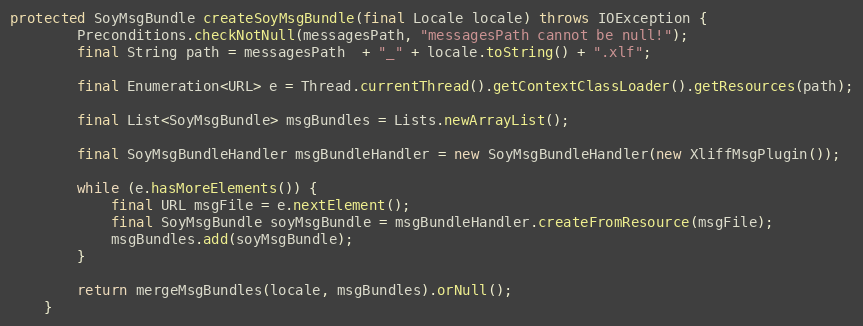
Language: Java
protected SoyMsgBundle createSoyMsgBundle(final Locale locale) throws IOException {
        Preconditions.checkNotNull(messagesPath, "messagesPath cannot be null!");
        final String path = messagesPath  + "_" + locale.toString() + ".xlf";

        final Enumeration<URL> e = Thread.currentThread().getContextClassLoader().getResources(path);

        final List<SoyMsgBundle> msgBundles = Lists.newArrayList();

        final SoyMsgBundleHandler msgBundleHandler = new SoyMsgBundleHandler(new XliffMsgPlugin());

        while (e.hasMoreElements()) {
            final URL msgFile = e.nextElement();
            final SoyMsgBundle soyMsgBundle = msgBundleHandler.createFromResource(msgFile);
            msgBundles.add(soyMsgBundle);
        }

        return mergeMsgBundles(locale, msgBundles).orNull();
    }